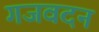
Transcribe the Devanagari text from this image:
गजवदन